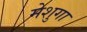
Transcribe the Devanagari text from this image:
मेशुगा